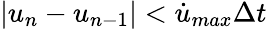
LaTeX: |{u}_{n}-{u}_{n-1}|<\dot{u}_{max}\Delta t